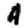
Digit: 4